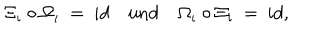
\Xi _ { \iota } \circ \Omega _ { \iota } \: = \: i d \quad \mathrm { u n d } \quad \Omega _ { \iota } \circ \Xi _ { \iota } \: = \: i d ,